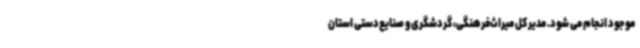
موجود انجام می شود. مدیر کل میراث‌فرهنگی، گردشگری و صنایع‌دستی استان